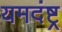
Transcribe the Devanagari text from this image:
यमदंष्ट्र